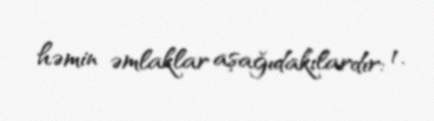
həmin əmlaklar aşağıdakılardır: 1.